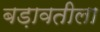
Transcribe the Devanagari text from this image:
बड़ावतीला